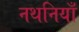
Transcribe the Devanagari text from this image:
नथनियाँ